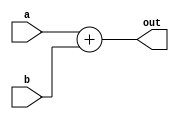
`timescale 1ns / 1ps

module Adder(
    input [63:0] a,
    input [63:0] b,
    output [63:0] out
    );
    
    assign out = a + b;
 
endmodule